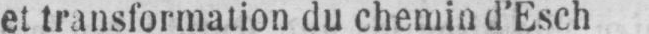
et transformation du chemin d’Esch